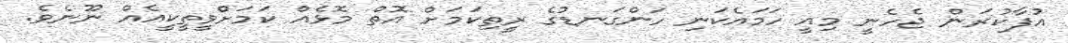
އުފާކުރަން ޖެހެނީ މިއީ ހަމައެކަނި ހަންގަނޑުގެ ރީތިކަމަށް އޮތް މޮޅެއް ކަމަށްވީތީކީއެއް ނޫނެވެ.